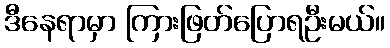
ဒီနေရာမှာ ကြားဖြတ်ပြောရဦးမယ်။